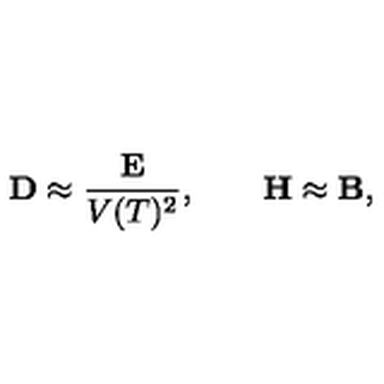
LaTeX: { \bf D } \approx \frac { \bf E } { V ( T ) ^ { 2 } } , \qquad { \bf H } \approx { \bf B } ,